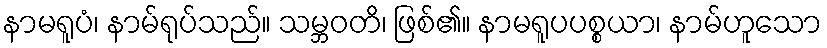
နာမရူပံ၊ နာမ်ရုပ်သည်။ သမ္ဘဝတိ၊ ဖြစ်၏။ နာမရူပပစ္စယာ၊ နာမ်ဟူသော